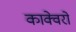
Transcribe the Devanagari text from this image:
काक्वेरो